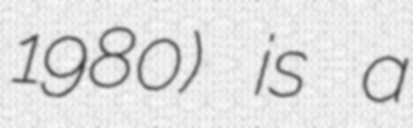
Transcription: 1980) is a